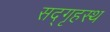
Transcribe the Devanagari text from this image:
सद्‌गृहस्थ